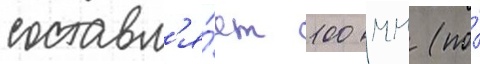
составл'я́ет 100 мм (по́